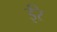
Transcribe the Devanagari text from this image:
ईरे